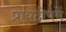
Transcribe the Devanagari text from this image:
प्रायद्वीपमें